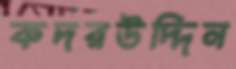
কদরউদ্দিন